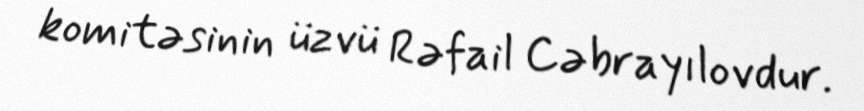
komitəsinin üzvü Rəfail Cəbrayılovdur.